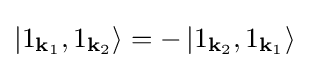
\left|1_{\mathbf {k} _{1}},1_{\mathbf {k} _{2}}\right\rangle =-\left|1_{\mathbf {k} _{2}},1_{\mathbf {k} _{1}}\right\rangle